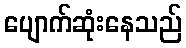
ပျောက်ဆုံးနေသည်